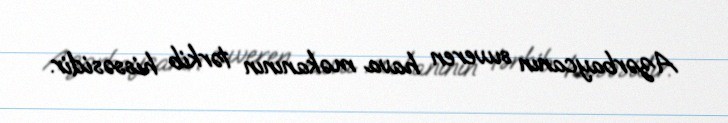
Azərbaycanın suveren hava məkanının tərkib hissəsidir.